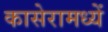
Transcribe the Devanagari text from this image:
कासेरामध्यें